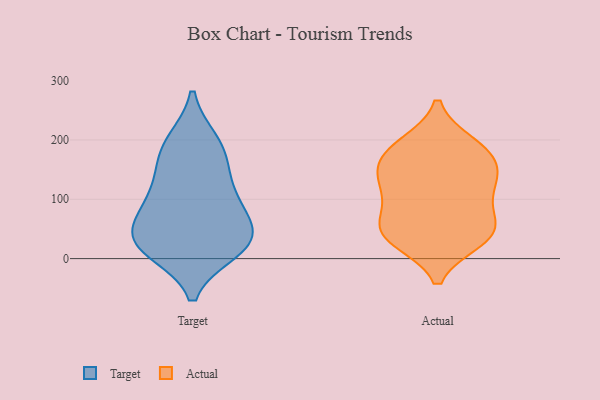
{"axis": {"x": "Conversion Rate (%)", "y": "Value"}, "legend": ["Actual", "Target"], "data": [{"x": "", "y": 197, "type": "Target"}, {"x": "", "y": 30, "type": "Target"}, {"x": "", "y": 105, "type": "Target"}, {"x": "", "y": 13, "type": "Target"}, {"x": "", "y": 61, "type": "Target"}, {"x": "", "y": 42, "type": "Target"}, {"x": "", "y": 156, "type": "Target"}, {"x": "", "y": 198, "type": "Target"}, {"x": "", "y": 25, "type": "Target"}, {"x": "", "y": 95, "type": "Target"}, {"x": "", "y": 13, "type": "Target"}, {"x": "", "y": 38, "type": "Target"}, {"x": "", "y": 97, "type": "Target"}, {"x": "", "y": 159, "type": "Target"}, {"x": "", "y": 123, "type": "Actual"}, {"x": "", "y": 48, "type": "Actual"}, {"x": "", "y": 165, "type": "Actual"}, {"x": "", "y": 40, "type": "Actual"}, {"x": "", "y": 192, "type": "Actual"}, {"x": "", "y": 154, "type": "Actual"}, {"x": "", "y": 193, "type": "Actual"}, {"x": "", "y": 101, "type": "Actual"}, {"x": "", "y": 137, "type": "Actual"}, {"x": "", "y": 32, "type": "Actual"}, {"x": "", "y": 68, "type": "Actual"}, {"x": "", "y": 118, "type": "Actual"}, {"x": "", "y": 175, "type": "Actual"}, {"x": "", "y": 53, "type": "Actual"}, {"x": "", "y": 31, "type": "Actual"}]}